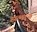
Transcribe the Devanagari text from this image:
सलाप